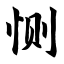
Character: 恻